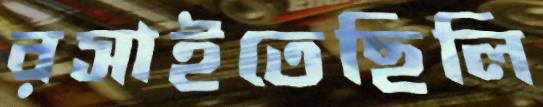
রসাইতেছিলি